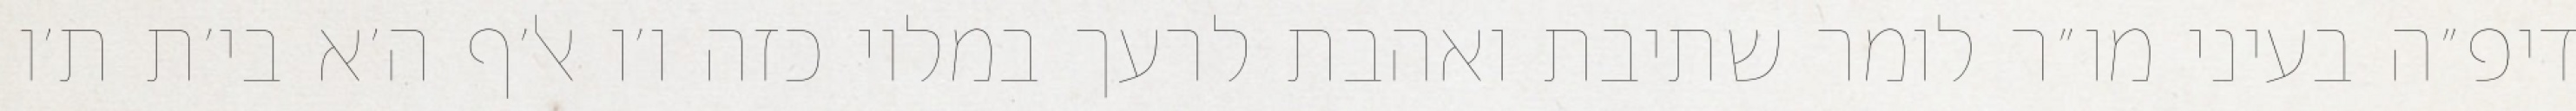
דיפ״ה בעיני מו״ר לומר שתיבת ואהבת לרעך במלוי כזה ו׳ו אל׳ף ה׳א בי׳ת ת׳ו